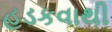
હડકવાથી